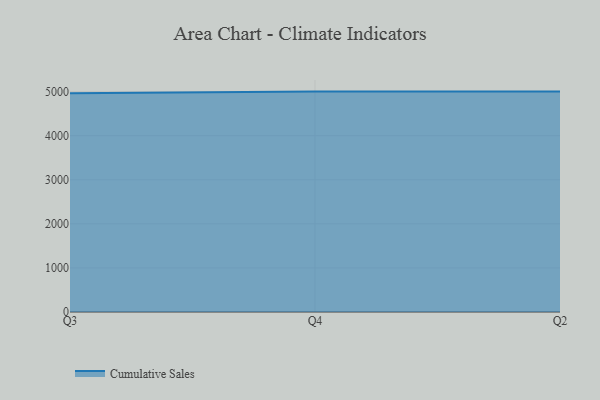
{"axis": {"x": "Quarter", "y": "Revenue (USD Million)"}, "legend": ["Cumulative Sales"], "data": [{"x": "Q3", "y": 4961.0, "type": "Cumulative Sales"}, {"x": "Q4", "y": 5000, "type": "Cumulative Sales"}, {"x": "Q2", "y": 5000, "type": "Cumulative Sales"}]}